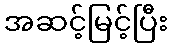
အဆင့်မြင့်ပြီး